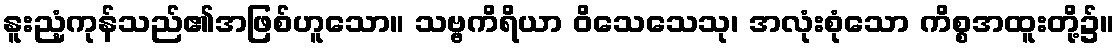
နူးညံ့ကုန်သည်၏အဖြစ်ဟူသော။ သဗ္ဗကိရိယာ ဝိသေသေသု၊ အလုံးစုံသော ကိစ္စအထူးတို့၌။